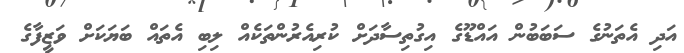
އަދި އެތަނުގެ ސަބަބުން އައްޑޫގެ އިގުތިސާދަށް ކުރިއެރުންތަކެއް ލިބި އެތައް ބަޔަކަށް ވަޒީފާގެ